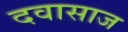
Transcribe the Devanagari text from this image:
दवासाज